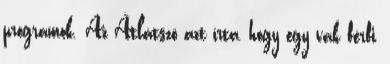
programok. Az Átlátszó azt írta, hogy egy vak férfi,